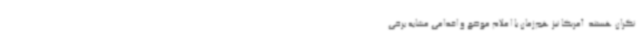
نگران هستند. آمریکا نیز هم‌زمان با اعلام موضع و اقدامی مشابه برخی